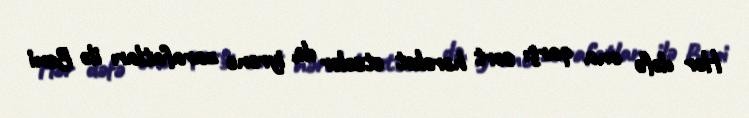
Hər dəfə ona qarşı sərt hərəkət etsələr də, iyrənc zarafatları ilə Beni